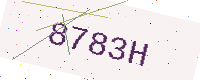
Text: 8783H